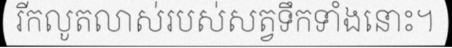
រីកលូតលាស់របស់សត្វទឹកទាំងនោះ។